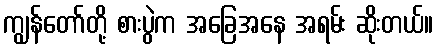
ကျွန်တော်တို့ စားပွဲက အခြေအနေ အရမ်း ဆိုးတယ်။